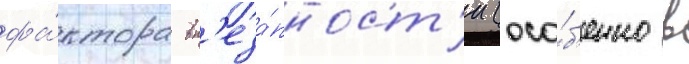
фа́ктора вн'еза́пност'и (осо́б'енно в